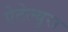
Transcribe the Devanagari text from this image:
ऐटेल्युरा